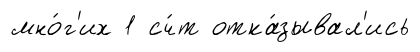
мно́г'их 1 сч́т отка́зывал'ись